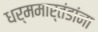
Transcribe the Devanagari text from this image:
धर्ममार्तंडांना